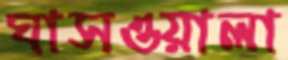
ঘাসওয়ালা